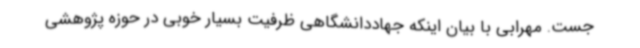
جست. مهرابی با بیان اینکه جهاددانشگاهی ظرفیت بسیار خوبی در حوزه پژوهشی